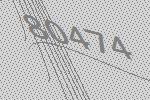
80474